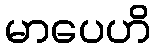
မာပေဟိ